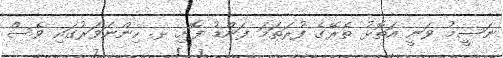
ނަސީމު ވަނީ އަތޮޅު ތެރޭގެ ފުރަތަމަ ފަންޑު ފޮށި ޅ. ހިންނަވަރުގައި ވެސް